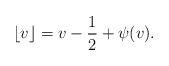
\begin{align*}\lfloor v\rfloor=v-\frac{1}{2}+\psi(v).\end{align*}